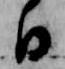
日